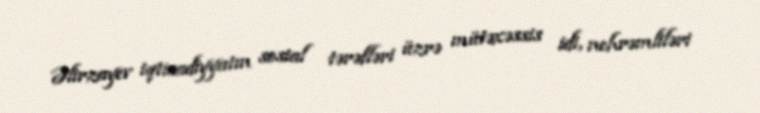
Əlirzayev iqtisadiyyatın sosial tərəfləri üzrə mütəxəssis idi, nehrəmliləri